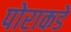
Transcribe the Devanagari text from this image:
पोराकडे